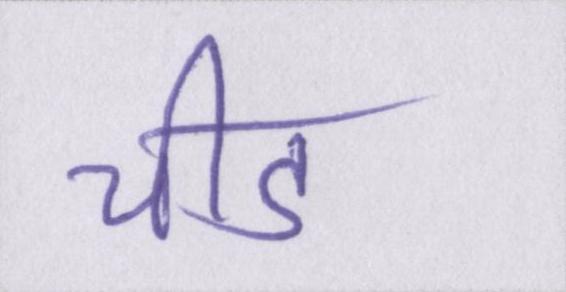
चीड